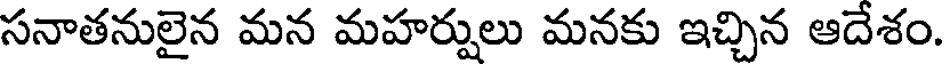
సనాతనులైన మన మహర్షులు మనకు ఇచ్చిన ఆదేశం.